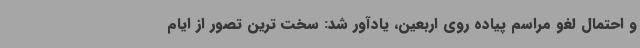
و احتمال لغو مراسم پیاده روی اربعین، یادآور شد: سخت ترین تصور از ایام